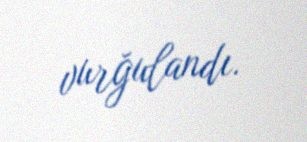
vurğulandı.